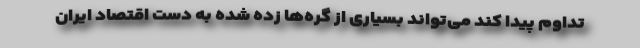
تداوم پیدا کند می‌تواند بسیاری از گره‌ها زده شده به دست اقتصاد ایران